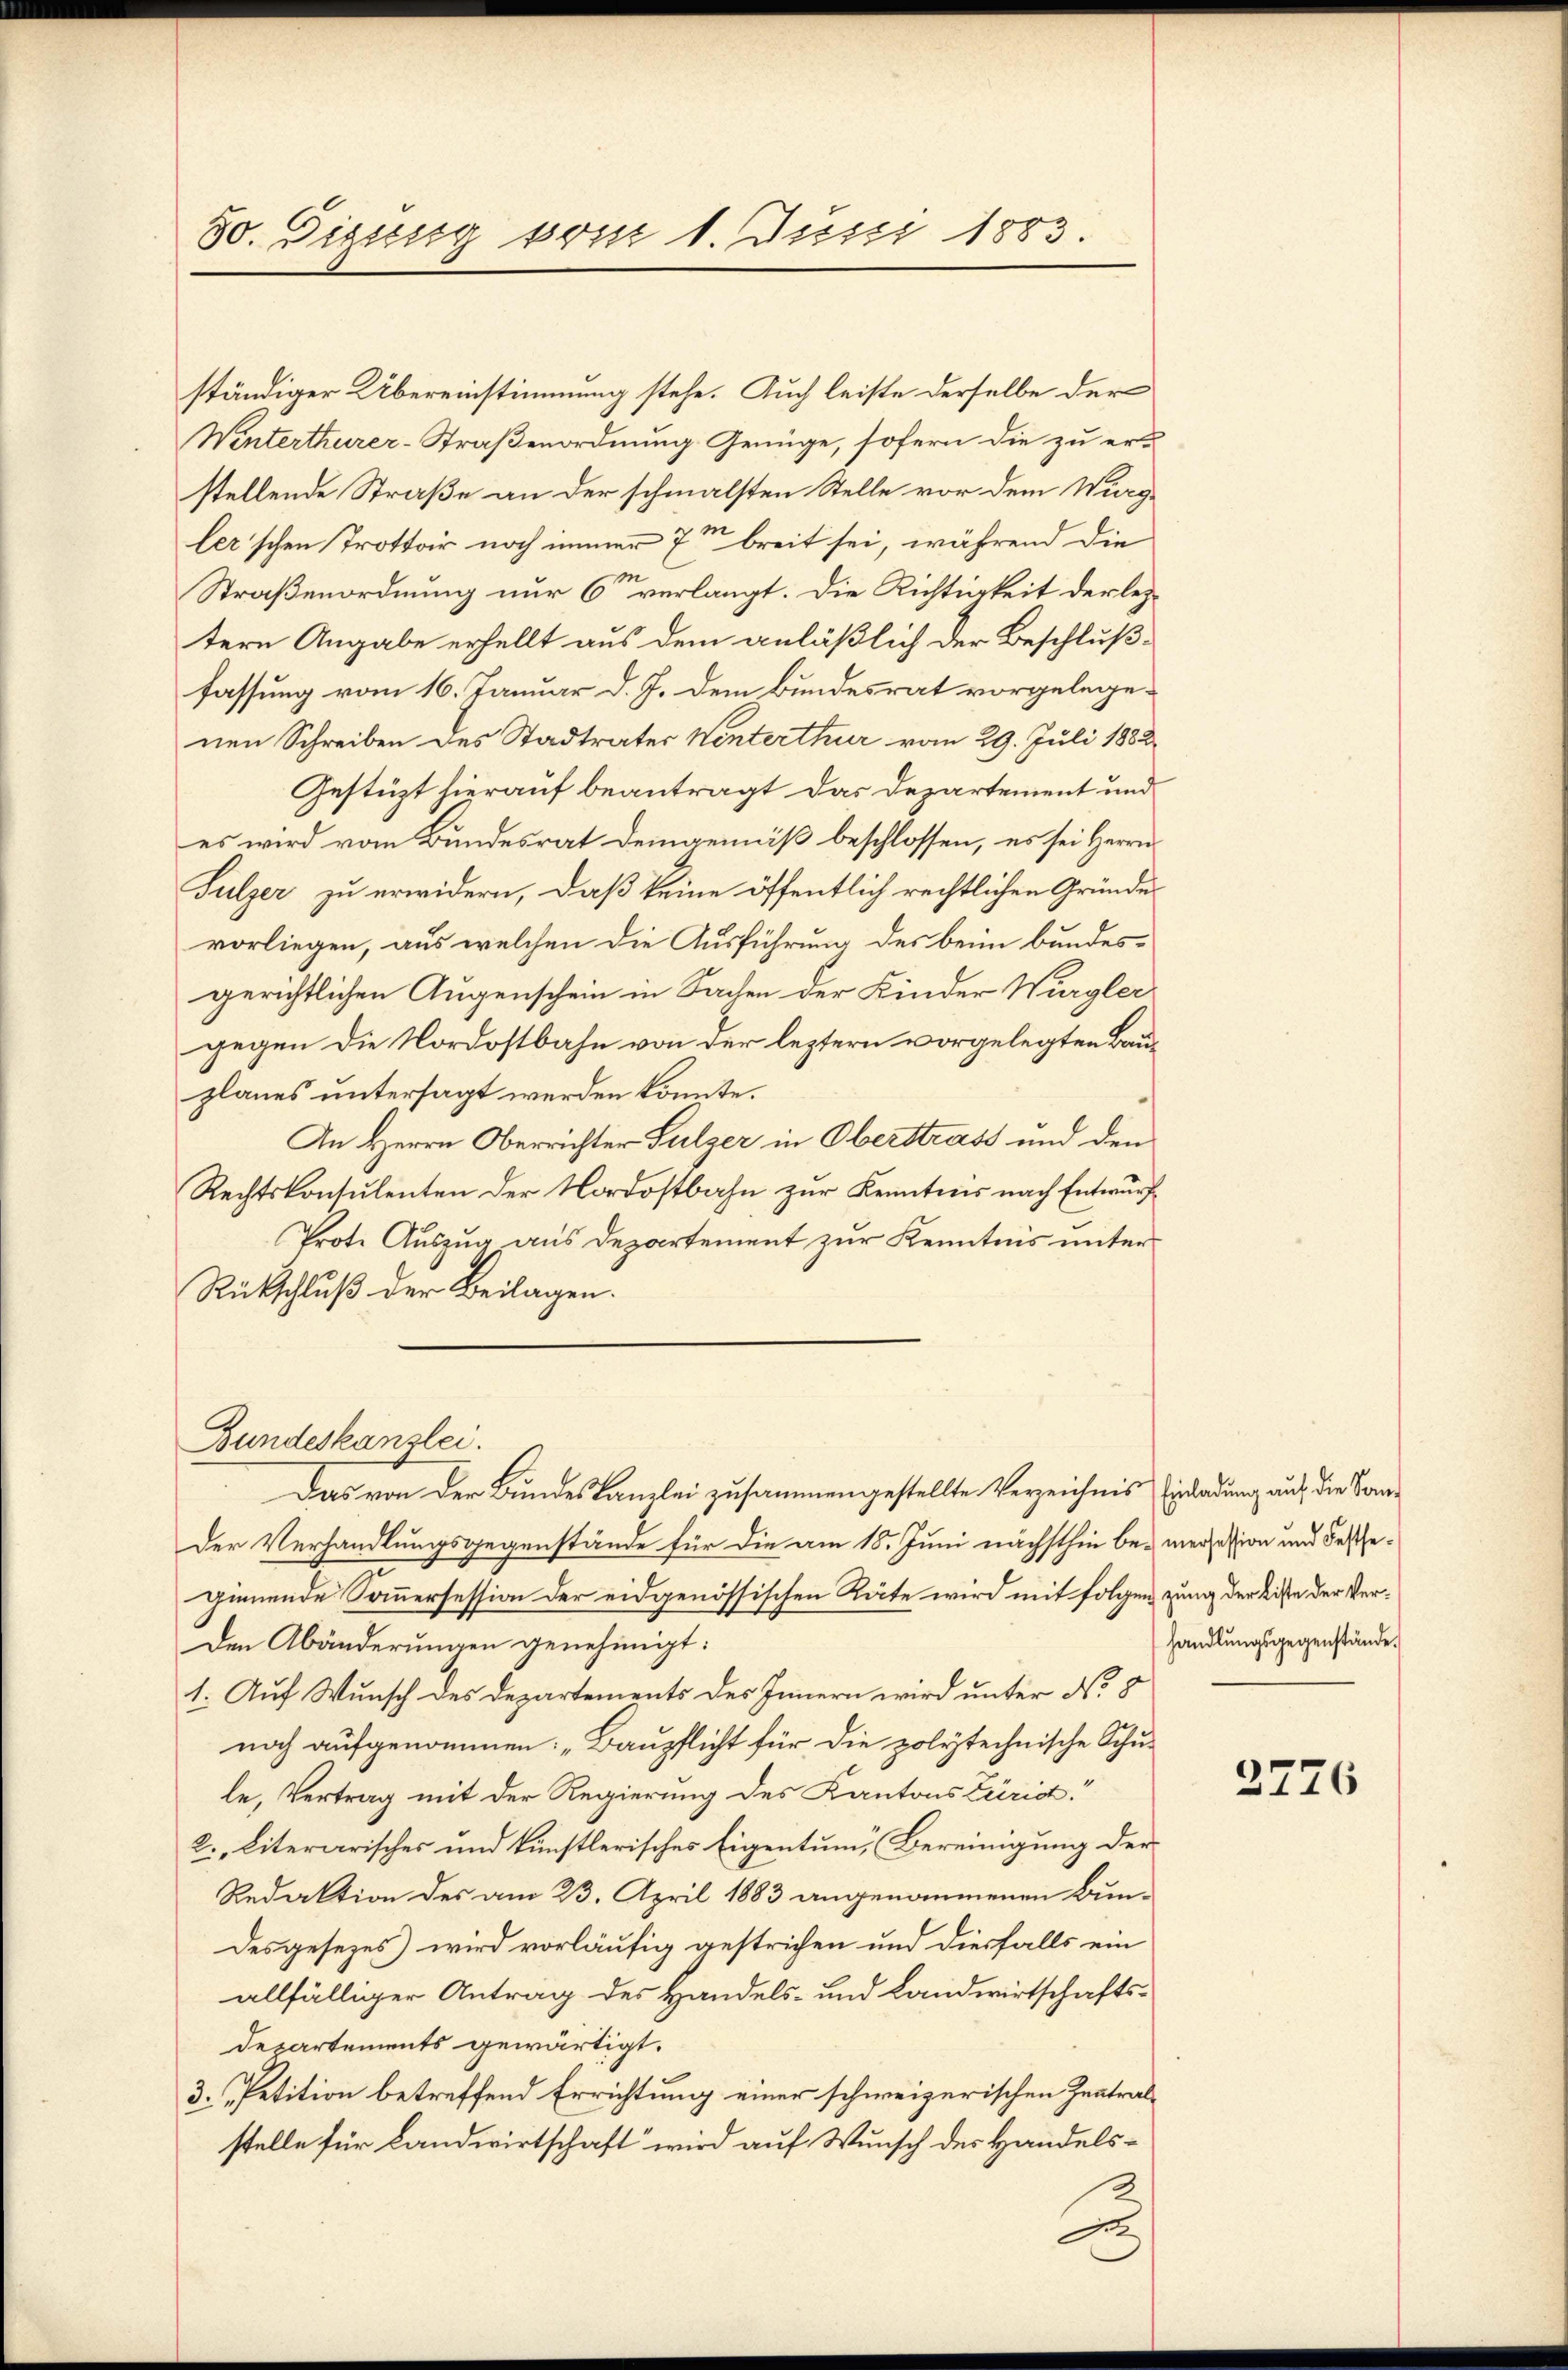
5o. Diesig vom 1. Juni 1883.

ständiger Übereinstimmung stehe. Auch leiste derselbe der
Winterthurer-Straßenordnung Genüge, sofern die zu er-
stellende Straße an der schmalsten Stelle vor dem Wingler’schen Trottoir noch immer 7ten breit sei, während die
Straßenordnung nur 6 verlangt. Die Richtigkeit der leztern Angabe erhellt aus dem anläßlich der Beschlußfassung vom 16. Januar d. J. dem Bundesrat vorgelegenen Schreiben des Stadtrater Winterthur vom 29. Juli 1882
Gestüzt hierauf beantragt das Departement und
es wird vom Bundesrat Deingemäß beschlossen, es sei Herrn
Sulzer zu erwidern, daß keine öffentlich rechtlichen Gründe
vorliegen, aus welchen die Ausführung des beim bundesgerichtlichen Augenschein in Sachen der Kinder Würgler
gegen die Nordostbahn von der leztern vorgelegten Bauplanes untersagt werden könnte.
An Herrn Oberrichter Sulzer in Oberstrass und den
Rechtskonsulenten der Nordostbahn zur Kenntnis nach Entwurf
Prote Auszug aus Departement zur Kenntnis unter
Rückschluß der Beilagen.
Bundeskanzlei.
Das von der Bundeskanzlei zusammengestellte Verzeichnis Einladung auf, die Konder Verhandlungsgegenstände für die am 18. Juni nächsthin be- meression und Fesseginnende Sommersession der eidgenössischen Räte wird mit folgen zung der Liste der Ver¬
Den Abänderungen genehmigt:
1. Auf Wunsch des Departements des Innern wird unter No. 5
noch aufgenommen: „Baupflicht für die polytechnische Schu-
le, Vertrag mit der Regierung des Kantons Züric
2. Literarisches und künstlerisches Eigentum, (Bereinigung der
Redaktion des am 23. April 1883 angenommenen Bundesgesezes) wird vorläufig gestrichen und diesfalls ein
allfälliger Antrag des Handels- und Landwirtschafts¬
Departements gewärtigt.
3. Petition betreffend Errichtung einer schweizerischen Zentralstelle für Landwirtschaft wird auf Wunsch der Handels¬
2

handlungsgegenstände.

2776